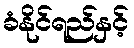
ခံနိုင်ရည်နှင့်